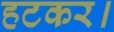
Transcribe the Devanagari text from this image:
हटकर।